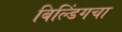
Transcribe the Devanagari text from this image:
बिल्डिंगचा